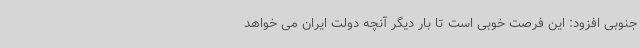
جنوبی افزود: این فرصت خوبی است تا بار دیگر آنچه دولت ایران می خواهد